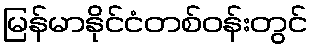
မြန်မာနိုင်ငံတစ်ဝန်းတွင်